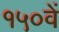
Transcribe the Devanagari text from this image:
१५०वें